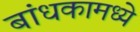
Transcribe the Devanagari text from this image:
बांधकामध्ये